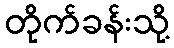
တိုက်ခန်းသို့